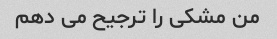
من مشکی را ترجیح می دهم